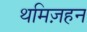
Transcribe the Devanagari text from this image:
थमिज़हन